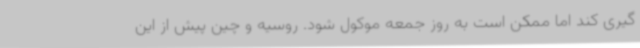
گیری کند اما ممکن است به روز جمعه موکول شود. روسیه و چین پیش از این